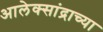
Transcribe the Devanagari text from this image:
आलेक्सांद्राच्या